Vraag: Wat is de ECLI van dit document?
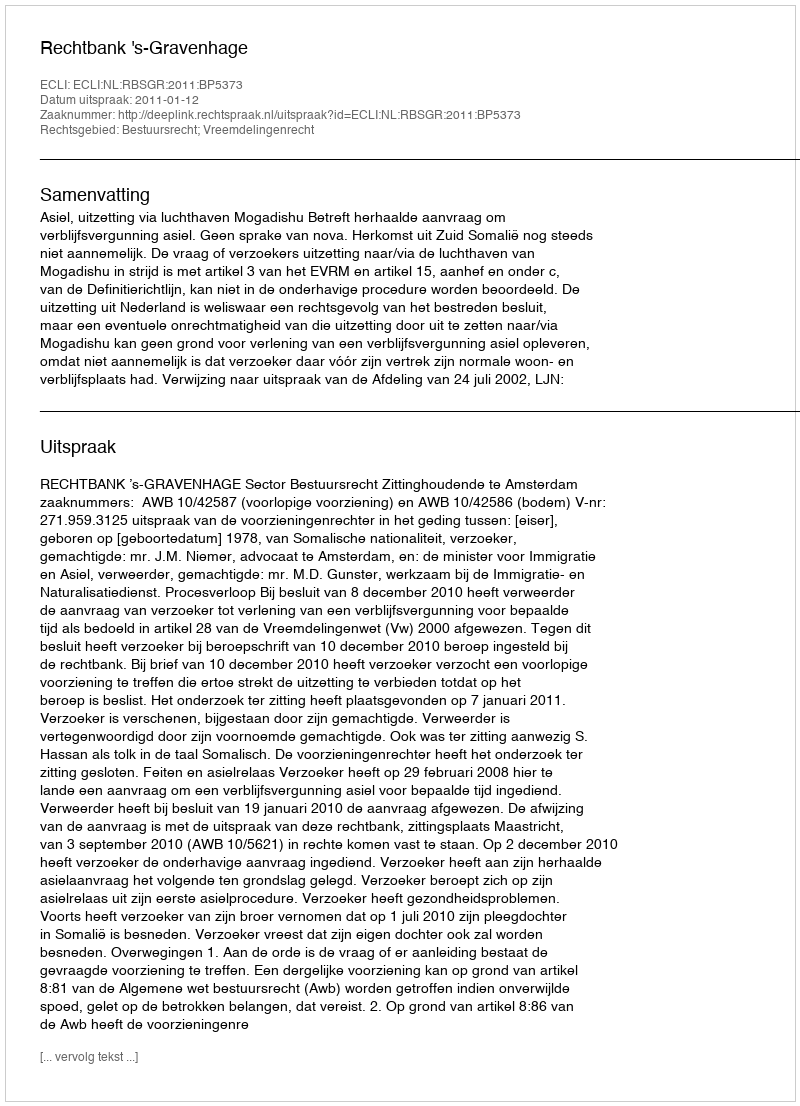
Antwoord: ECLI:NL:RBSGR:2011:BP5373